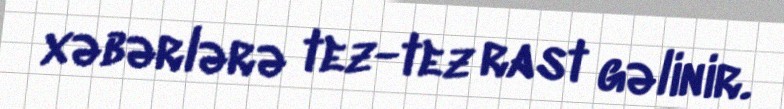
xəbərlərə tez-tez rast gəlinir.